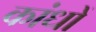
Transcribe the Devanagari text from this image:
कांधों